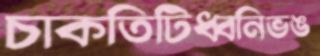
চাকতিটিধ্বনিভঙ